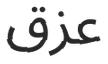
عزق